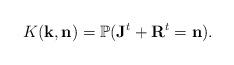
LaTeX: \begin{align*}K(\mathbf{k},\mathbf{n}) = \mathbb{P} (\mathbf{J}^{t} + \mathbf{R}^{t} = \mathbf{n}).\end{align*}